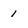
Character: 1